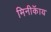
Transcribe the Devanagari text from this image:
मिनीकॅाय